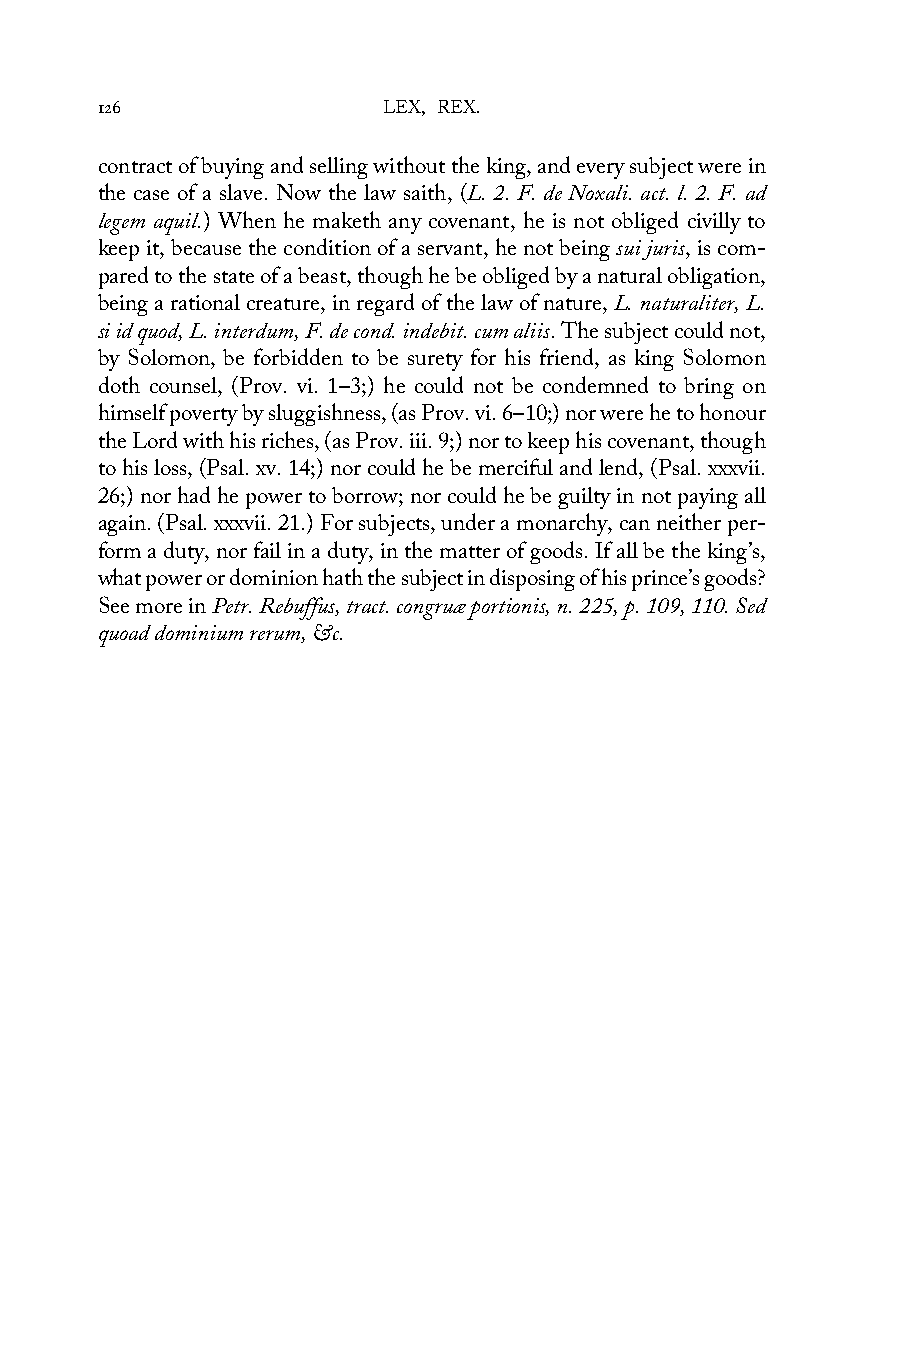
126                LEX, REX.
 contract of buying and selling without the king, and every subject were in
 the case of a slave. Now the law saith, (L. 2. F. de Noxali. act. l. 2. F. ad
 legem aquil.) When he maketh any covenant, he is not obliged civilly to
 keep it, because the condition of a servant, he not being sui juris, is com-
 pared to the state of a beast, though he be obliged by a natural obligation,
 being a rational creature, in regard of the law of nature, L. naturaliter, L.
 si id quod, L. interdum, F. de cond. indebit. cum aliis. The subject could not,
 by Solomon, be forbidden to be surety for his friend, as king Solomon
 doth counsel, (Prov. vi. 1–3;) he could not be condemned to bring on
 himself poverty by sluggishness, (as Prov. vi. 6–10;) nor were he to honour
 the Lord with his riches, (as Prov. iii. 9;) nor to keep his covenant, though
 to his loss, (Psal. xv. 14;) nor could he be merciful and lend, (Psal. xxxvii.
 26;) nor had he power to borrow; nor could he be guilty in not paying all
 again. (Psal. xxxvii. 21.) For subjects, under a monarchy, can neither per-
 form a duty, nor fail in a duty, in the matter of goods. If all be the king’s,
 what power or dominion hath the subject in disposing of his prince’s goods?
 See more in Petr. Rebuffus, tract. congruæ portionis, n. 225, p. 109, 110. Sed
 quoad dominium rerum, &c.